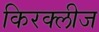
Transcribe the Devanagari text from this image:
किरक्लीज